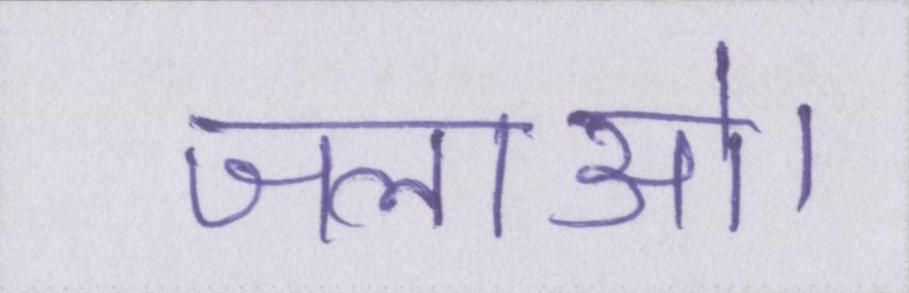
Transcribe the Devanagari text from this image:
जलाओ।